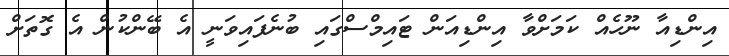
އިންޑިއާ ނޫހެއް ކަަމަށްވާ އިންޑިއަން ޓައިމްސްގައި ބުނެފައިވަނީ އެ ބޭންކުން އެ ގޮތަށް